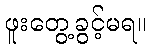
ဖူးတွေ့ခွင့်မရ။